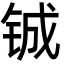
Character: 铖